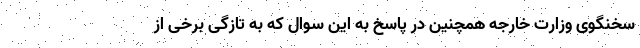
سخنگوی وزارت خارجه همچنین در پاسخ به این سوال که به تازگی برخی از